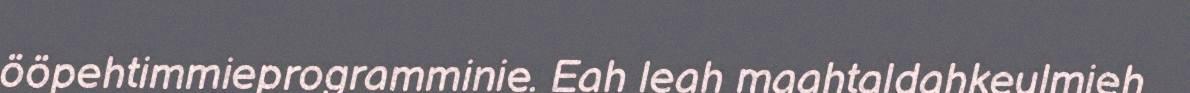
ööpehtimmieprogramminie. Eah leah maahtaldahkeulmieh